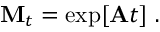
{ \bf M } _ { t } = \exp [ { \bf { A } } t ] \mathrm { ~ . ~ }